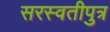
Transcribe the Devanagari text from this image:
सरस्वतीपुत्र